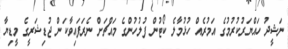
ނަޝީދު ހައްޔަރުކުރުމުގެ އަމުރެއް ހުޅުމާލެ ކޯޓުން ފުލުހުންގެ މައްޗަށް ނެރަފައިވާކަން ޖުޑިޝަރީގެ މީޑިޔާ